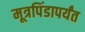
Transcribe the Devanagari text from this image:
मूत्रपिंडापर्यंत